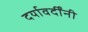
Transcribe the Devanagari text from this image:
दर्यावर्दींनी